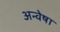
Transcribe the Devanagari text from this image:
अन्वेषा